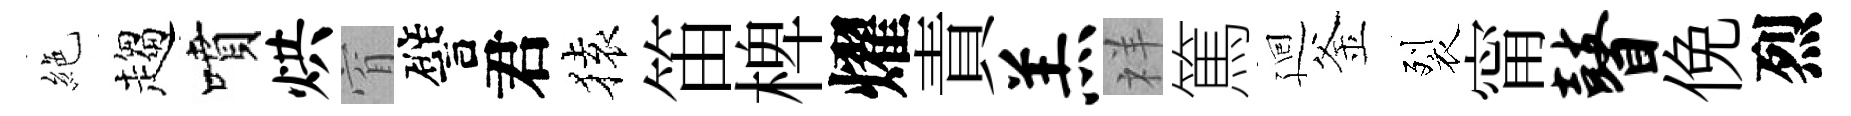
絶趨噴烘窅譬君𫞤笛椑燿責羔祥篤廻釜裂甯瞽俛烈